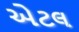
એટલ